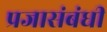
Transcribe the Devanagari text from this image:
प्रजासंबंधी